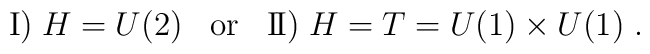
\mbox{I)}\; H=U(2) \;\;\;\mbox{or}\;\;\;\mbox{I\hspace{-.4mm}I)}	\; H=T=U(1)\times U(1)\; .